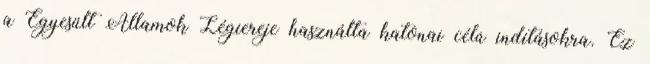
a Egyesült Államok Légiereje használta katonai célú indításokra. Ez